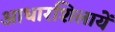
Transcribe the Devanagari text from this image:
आधारशिलायें